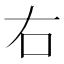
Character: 右